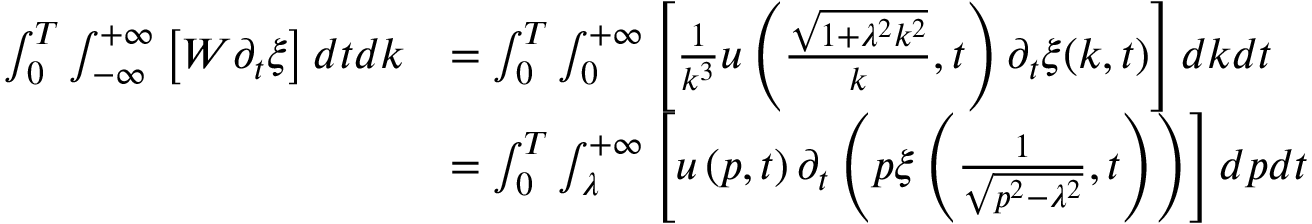
\begin{array} { r l } { \int _ { 0 } ^ { T } \int _ { - \infty } ^ { + \infty } \left[ W \partial _ { t } \xi \right] d t d k } & { = \int _ { 0 } ^ { T } \int _ { 0 } ^ { + \infty } \left[ \frac { 1 } { k ^ { 3 } } u \left( \frac { \sqrt { 1 + \lambda ^ { 2 } k ^ { 2 } } } { k } , t \right) \partial _ { t } \xi ( k , t ) \right] d k d t } \\ & { = \int _ { 0 } ^ { T } \int _ { \lambda } ^ { + \infty } \left[ u \left( p , t \right) \partial _ { t } \left( p \xi \left( \frac { 1 } { \sqrt { p ^ { 2 } - \lambda ^ { 2 } } } , t \right) \right) \right] d p d t } \end{array}